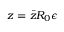
z = \bar { z } R _ { 0 } { \epsilon }